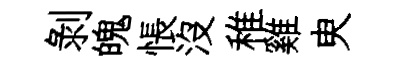
剝魄悵没稚雞㬰